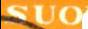
SUO